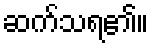
ဆက်သရ၏။